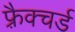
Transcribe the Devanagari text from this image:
फ़्रैक्चर्ड